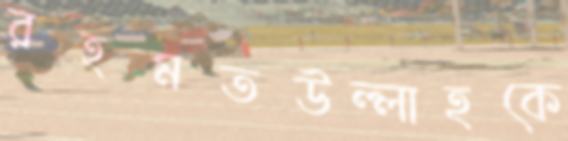
রহমতউল্লাহকে